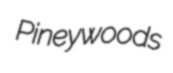
Pineywoods